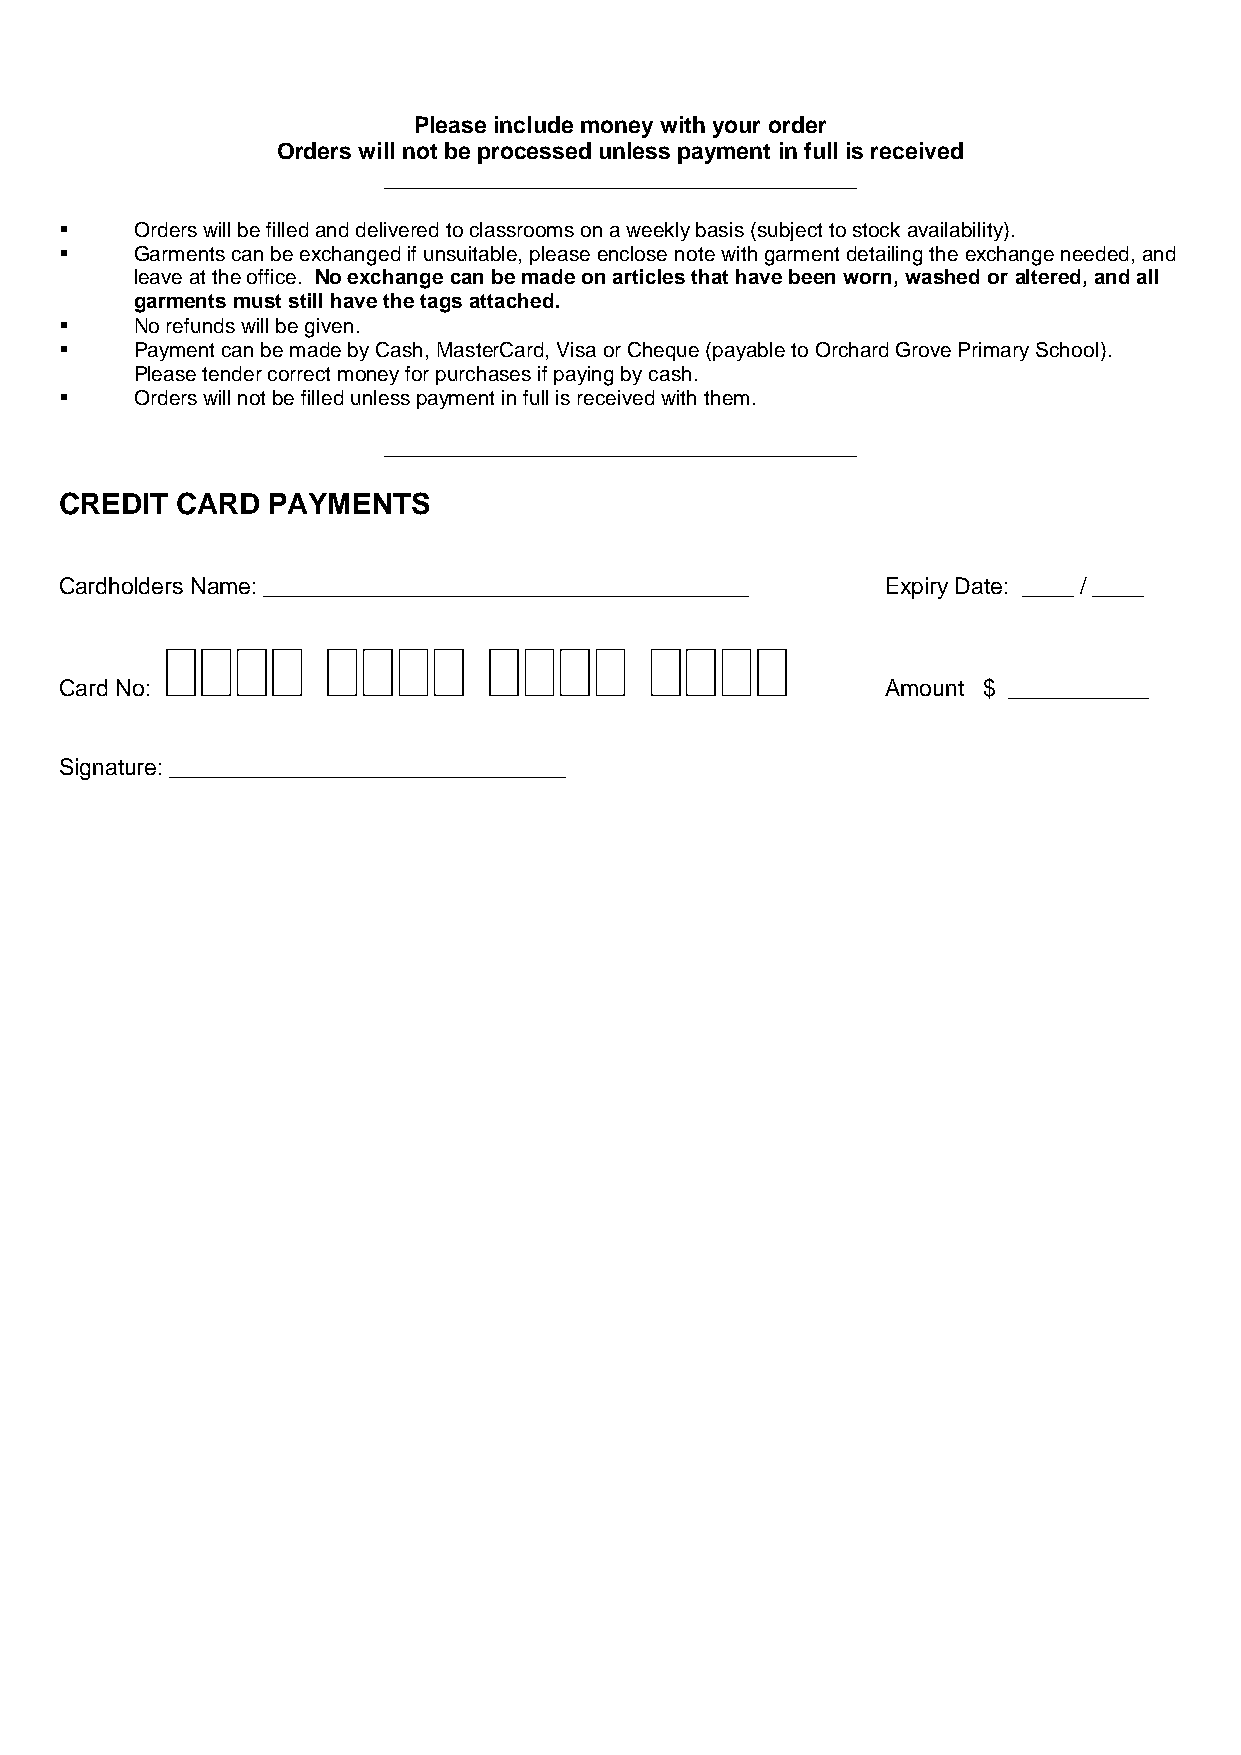
Please include money with your order
 Orders will not be processed unless payment in full is received
 _____________________________________
     Orders will be filled and delivered to classrooms on a weekly basis (subject to stock availability).
     Garments can be exchanged if unsuitable, please enclose note with garment detailing the exchange needed, and
 leave at the office. No exchange can be made on articles that have been worn, washed or altered, and all
 garments must still have the tags attached.
     No refunds will be given.
     Payment can be made by Cash, MasterCard, Visa or Cheque (payable to Orchard Grove Primary School).
 Please tender correct money for purchases if paying by cash.
     Orders will not be filled unless payment in full is received with them.
 _____________________________________
 CREDIT  CARD  PAYMENTS
 Cardholders Name: ______________________________________ Expiry Date: ____ / ____
                     
 Card No:                                               Amount $ ___________
 Signature: _______________________________